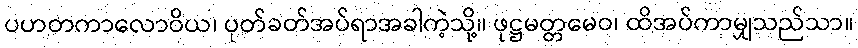
ပဟတကာလောဝိယ၊ ပုတ်ခတ်အပ်ရာအခါကဲ့သို့။ ဖုဋ္ဌမတ္တမေဝ၊ ထိအပ်ကာမျှသည်သာ။